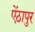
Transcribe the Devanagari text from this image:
ऐंठापुर